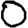
Digit: 0